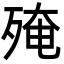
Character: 殗